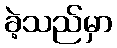
ခဲ့သည်မှာ